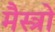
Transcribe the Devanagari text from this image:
मैस्त्रो